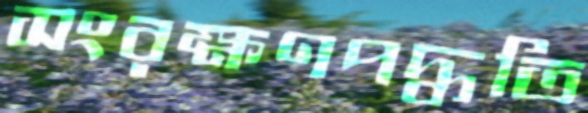
সংরক্ষণপদ্ধতি